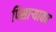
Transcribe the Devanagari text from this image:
पिसाऱ्यावर